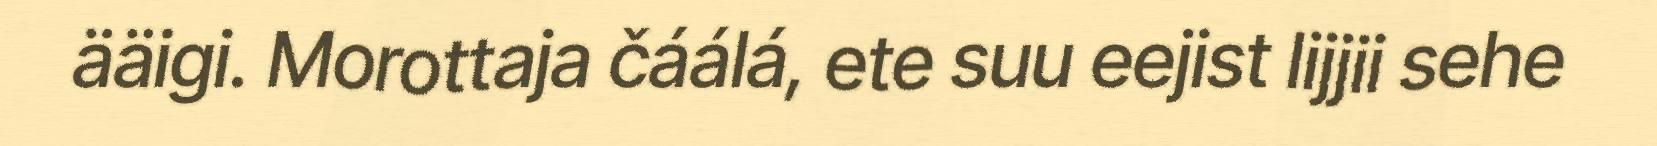
ääigi. Morottaja čáálá, ete suu eejist lijjii sehe